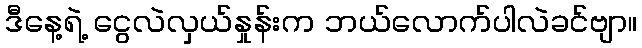
ဒီနေ့ရဲ့ ငွေလဲလှယ်နှုန်းက ဘယ်လောက်ပါလဲခင်ဗျာ။